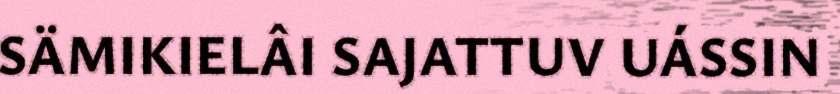
SÄMIKIELÂI SAJATTUV UÁSSIN